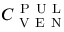
C _ { \mathrm { ~ V ~ E ~ N ~ } } ^ { \mathrm { ~ P ~ U ~ L ~ } }